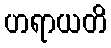
ဟရာယတိ